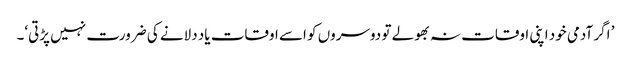
’ اگر آدمی خود اپنی اوقات نہ بھولے تو دوسروں کو اسے اوقات یاد دلانے کی ضرورت نہیں پڑتی‘۔